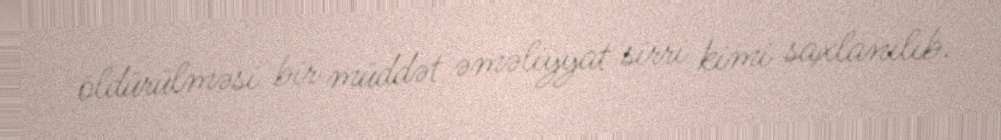
öldürülməsi bir müddət əməliyyat sirri kimi saxlanılıb.